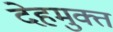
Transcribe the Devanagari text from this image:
देहमुक्त